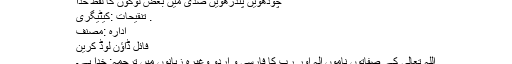
چودھویں پندرھویں صدی میں بعض لوگوں کا لفظ خدا
. تنقیحات :کیٹیگری
ادارہ :مصنف
فائل ڈاؤن لوڈ کرین
اللہ تعالیٰ کے صفاتوں ناموں الٰہ اور رب کا فارسی و اردو وغیرہ زبانوں میں ترجمہ: خدا ہے۔